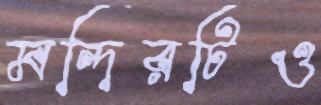
মন্দিরটিও